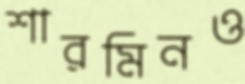
শারমিনও